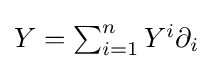
\textstyle Y=\sum _{i=1}^{n}Y^{i}\partial _{i}